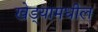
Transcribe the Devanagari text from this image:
खेड्यामधील